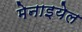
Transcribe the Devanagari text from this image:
मेनाइयेल